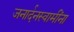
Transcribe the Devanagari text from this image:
जनार्दनस्वामींना